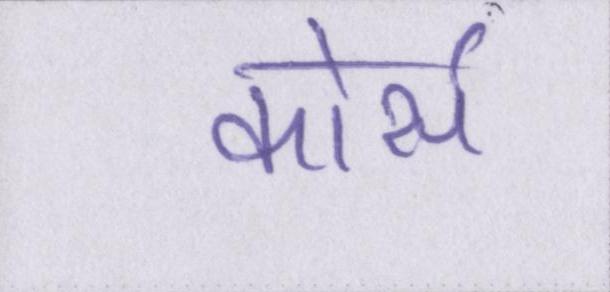
कोर्स